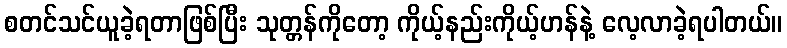
စတင်သင်ယူခဲ့ရတာဖြစ်ပြီး သုတ္တန်ကိုတော့ ကိုယ့်နည်းကိုယ့်ဟန်နဲ့ လေ့လာခဲ့ရပါတယ်။